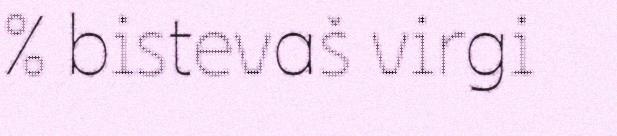
% bistevaš virgi